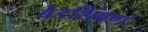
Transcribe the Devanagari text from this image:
बेडशिवण